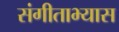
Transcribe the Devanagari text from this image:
संगीताभ्यास